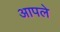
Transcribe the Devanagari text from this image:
अापले